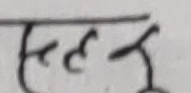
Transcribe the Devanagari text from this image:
छैन